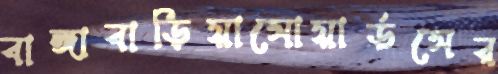
বাঙ্গাবাড়িয়াসোয়ার্ডসের